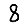
Digit: 8